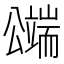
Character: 𱏸